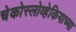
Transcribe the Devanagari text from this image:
चेकोस्लोव्हेकियाच्या